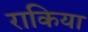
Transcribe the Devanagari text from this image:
राकिया